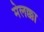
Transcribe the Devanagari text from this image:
मेलक्का